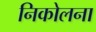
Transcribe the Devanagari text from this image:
निकोलना